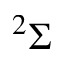
^ 2 \Sigma